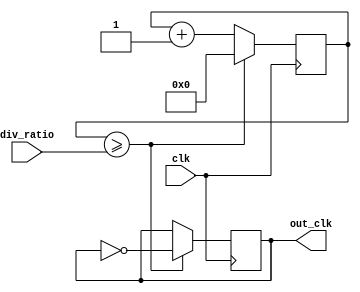
module frequency_synthesizer (
    input wire clk,           // Input clock signal
    input wire [7:0] div_ratio,  // Division ratio for output clock frequency
    output reg out_clk        // Output clock signal
);

reg [7:0] counter;  // Counter to keep track of clock cycles
reg sync_signal;    // Signal for synchronization

always @(posedge clk) begin
    counter <= counter + 1;  // Increment counter on each clock cycle
    sync_signal <= ~sync_signal;  // Toggle synchronization signal for each clock cycle
    if (counter >= div_ratio) begin
        out_clk <= ~out_clk;  // Toggle output clock signal after specified division ratio
        counter <= 0;  // Reset counter
    end
end

endmodule